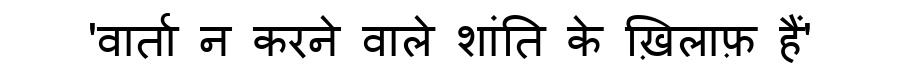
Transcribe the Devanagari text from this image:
'वार्ता न करने वाले शांति के ख़िलाफ़ हैं'